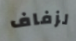
لزفاف